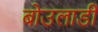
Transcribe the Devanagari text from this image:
बोउलार्डी